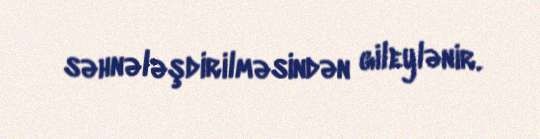
səhnələşdirilməsindən gileylənir.